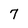
Character: 7